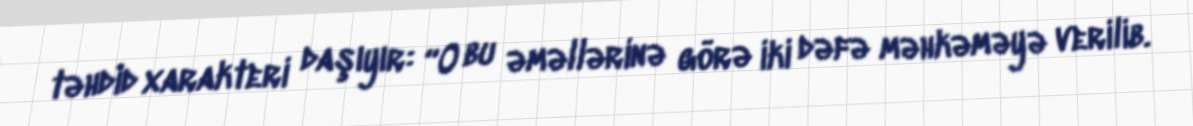
təhdid xarakteri daşıyır: “O bu əməllərinə görə iki dəfə məhkəməyə verilib.